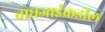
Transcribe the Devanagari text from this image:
वाघजाईकडील